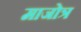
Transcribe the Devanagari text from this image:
माजोत्र